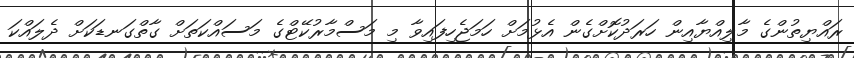
ރައްޔިތުންގެ މާލިއްޔާއިން ހަރަދުކޮށްގެން އެޅުމަށް ހަމަޖެހިފައިވާ މި މަސްމާރުކޭޓްގެ މަސައްކަތަށް ގާތްގަނޑަކަށް ދެލައްކަ